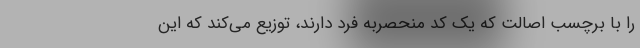
را با برچسب‌ اصالت که یک کد منحصربه فرد دارند، توزیع می‌کند که این